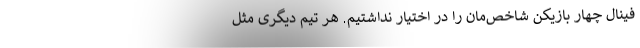
فینال چهار بازیکن شاخص‌مان را در اختیار نداشتیم. هر تیم دیگرى مثل